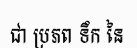
ជា ប្រភព ទឹក នៃ